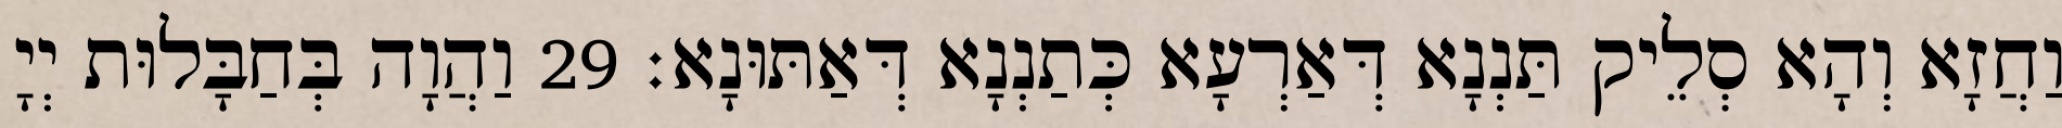
וַחֲזָא וְהָא סְלֵיק תַּנְנָא דְּאַרְעָא כְּתַנְנָא דְּאַתּוּנָא׃ 29 וַהֲוָה בְּחַבָּלוּת יְיָ